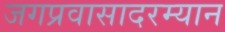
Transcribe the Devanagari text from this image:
जगप्रवासादरम्यान